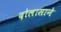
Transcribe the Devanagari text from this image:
दोलासाने